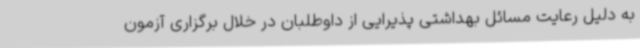
به دلیل رعایت مسائل بهداشتی پذیرایی از داوطلبان در خلال برگزاری آزمون